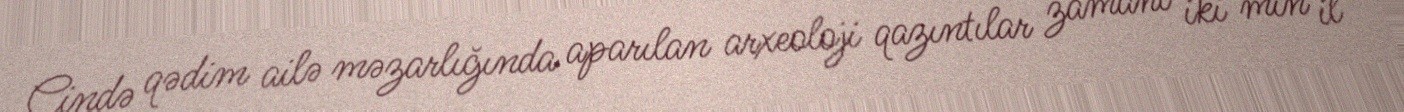
Çində qədim ailə məzarlığında aparılan arxeoloji qazıntılar zamanı iki min il